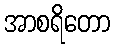
အာစရိတော